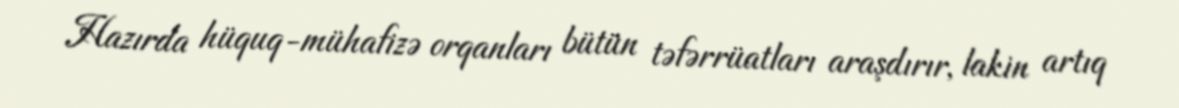
Hazırda hüquq-mühafizə orqanları bütün təfərrüatları araşdırır, lakin artıq